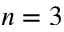
n = 3